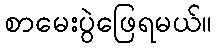
စာမေးပွဲဖြေရမယ်။